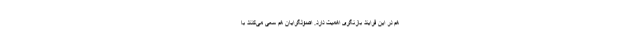
هم در این فرایندِ بازنگری اهمیت دارد. اصولگرایان هم سعی می‌کنند با